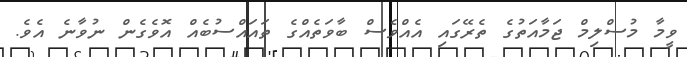
ވީމާ މުސްލިމް ޖަމާއަތުގެ ތެރޭގައި އެއްވެސް ބާވަތެއްގެ ތައައްސުބެއް އޮވެގެން ނުވާނެ އެވެ.